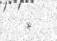
*